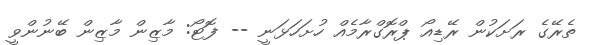
ތެރޭގެ ރަށަކުން ރޭޑިއޯ ޕްރޮގްރާމެއް ހުށަހަޅަނީ -- ފޮޓޯ: މާޒިން މާޒިން ބޭނުންވީ